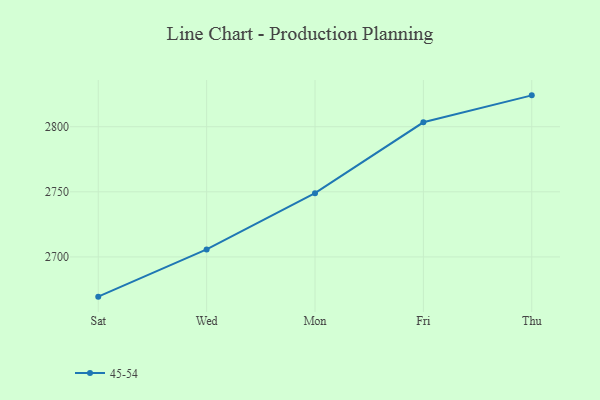
{"axis": {"x": "Day", "y": "Operating Costs (USD K)"}, "legend": ["45-54"], "data": [{"x": "Sat", "y": 2669.5, "type": "45-54"}, {"x": "Wed", "y": 2705.8, "type": "45-54"}, {"x": "Mon", "y": 2749.0, "type": "45-54"}, {"x": "Fri", "y": 2803.4, "type": "45-54"}, {"x": "Thu", "y": 2824.1, "type": "45-54"}]}